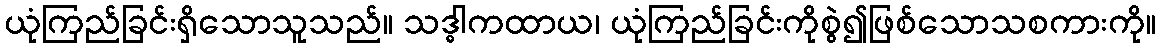
ယုံကြည်ခြင်းရှိသောသူသည်။ သဒ္ဓါကထာယ၊ ယုံကြည်ခြင်းကိုစွဲ၍ဖြစ်သောသစကားကို။